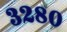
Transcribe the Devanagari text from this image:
३२८०